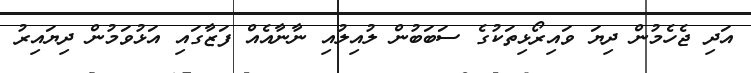
އަދި ޖެހެމުން ދިޔަ ވައިރޯޅިތަކުގެ ސަބަބުން ލުއިލުއި ނާނާއެއް ފަޒާގައި އަޅުވަމުން ދިޔައިރު